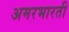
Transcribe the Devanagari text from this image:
अमरभारती